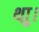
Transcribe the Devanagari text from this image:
थाु।